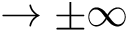
\rightarrow \pm \infty